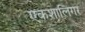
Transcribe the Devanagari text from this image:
एकशालिगर